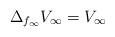
LaTeX: \begin{align*} \Delta_{f_{\infty}} V_{\infty}=V_{\infty} \end{align*}